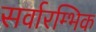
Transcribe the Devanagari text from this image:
सर्वारम्भिक